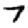
Digit: 7